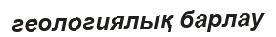
геологиялық барлау